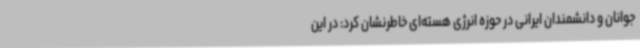
جوانان و دانشمندان ایرانی در حوزه انرژی هسته‌ای خاطرنشان کرد: در این